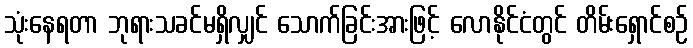
သုံးနေရတာ ဘုရားသခင်မရှိလျှင် သောက်ခြင်းအားဖြင့် လောနိုင်ငံတွင် တိမ်းရှောင်စဉ်